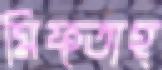
মিফ্তাহ্